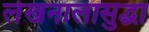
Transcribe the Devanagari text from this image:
लेखनालासुद्धा